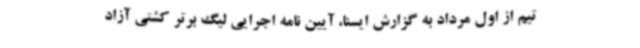
تیم از اول مرداد به گزارش ایسنا، آیین نامه اجرایی لیگ برتر کشتی آزاد